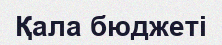
Қала бюджеті